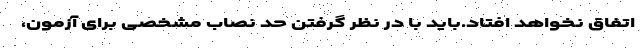
اتفاق نخواهد افتاد.باید با در نظر گرفتن حد نصاب مشخصی برای آزمون،